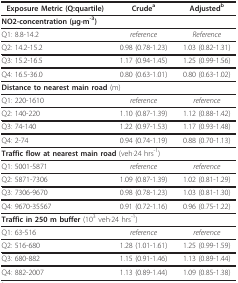
<table><thead><tr><td><b>Exposure Metric (Q:quartile)</b></td><td><b>Crude<sup>a</sup></b></td><td><b>Adjusted<sup>b</sup></b></td></tr></thead><tbody><tr><td colspan="3"><b>NO2-concentration </b>(μg·m<sup>-3</sup>)</td></tr><tr><td>Q1: 8.8-14.2</td><td><i>reference</i></td><td><i>Reference</i></td></tr><tr><td>Q2: 14.2-15.2</td><td>0.98 (0.78-1.23)</td><td>1.03 (0.82-1.31)</td></tr><tr><td>Q3: 15.2-16.5</td><td>1.17 (0.94-1.45)</td><td>1.25 (0.99-1.56)</td></tr><tr><td>Q4: 16.5-36.0</td><td>0.80 (0.63-1.01)</td><td>0.80 (0.63-1.02)</td></tr><tr><td colspan="3"><b>Distance to nearest main road </b>(m)</td></tr><tr><td>Q1: 220-1610</td><td><i>reference</i></td><td><i>reference</i></td></tr><tr><td>Q2: 140-220</td><td>1.10 (0.87-1.39)</td><td>1.12 (0.88-1.42)</td></tr><tr><td>Q3: 74-140</td><td>1.22 (0.97-1.53)</td><td>1.17 (0.93-1.48)</td></tr><tr><td>Q4: 2-74</td><td>0.94 (0.74-1.19)</td><td>0.88 (0.70-1.13)</td></tr><tr><td colspan="3"><b>Traffic flow at nearest main road </b>(veh·24 hrs<sup>-1</sup>)</td></tr><tr><td>Q1: 5001-5871</td><td><i>reference</i></td><td><i>reference</i></td></tr><tr><td>Q2: 5871-7306</td><td>1.09 (0.87-1.39)</td><td>1.02 (0.81-1.29)</td></tr><tr><td>Q3: 7306-9670</td><td>0.98 (0.78-1.23)</td><td>1.03 (0.81-1.30)</td></tr><tr><td>Q4: 9670-35567</td><td>0.91 (0.72-1.16)</td><td>0.96 (0.75-1.22)</td></tr><tr><td colspan="3"><b>Traffic in 250 m buffer </b>(10<sup>3 </sup>veh·24 hrs<sup>-1</sup>)</td></tr><tr><td>Q1: 63-516</td><td><i>reference</i></td><td><i>reference</i></td></tr><tr><td>Q2: 516-680</td><td>1.28 (1.01-1.61)</td><td>1.25 (0.99-1.59)</td></tr><tr><td>Q3: 680-882</td><td>1.15 (0.91-1.46)</td><td>1.13 (0.89-1.44)</td></tr><tr><td>Q4: 882-2007</td><td>1.13 (0.89-1.44)</td><td>1.09 (0.85-1.38)</td></tr></tbody></table>